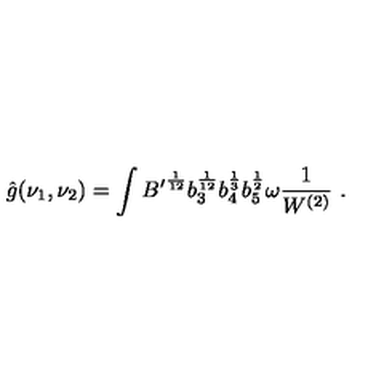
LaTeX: \hat { g } ( \nu _ { 1 } , \nu _ { 2 } ) = \int { B ^ { \prime } } ^ { \frac { 1 } { 1 2 } } b _ { 3 } ^ { \frac { 1 } { 1 2 } } b _ { 4 } ^ { \frac { 1 } { 3 } } b _ { 5 } ^ { \frac { 1 } { 2 } } \omega \frac { 1 } { W ^ { ( 2 ) } } \ .